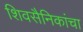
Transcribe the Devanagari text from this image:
शिवसैनिकांचा